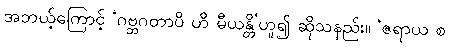
အဘယ့်ကြောင့် ‘ဂဗ္ဘဂတာပိ ဟိ မီယန္တိ’ဟူ၍ ဆိုသနည်း။ ‘ဇရာယ စ